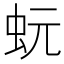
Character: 蚖